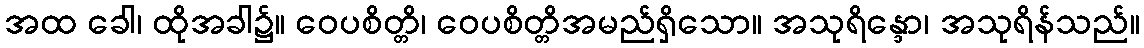
အထ ခေါ၊ ထိုအခါ၌။ ဝေပစိတ္တိ၊ ဝေပစိတ္တိအမည်ရှိသော။ အသုရိန္ဒော၊ အသုရိန်သည်။